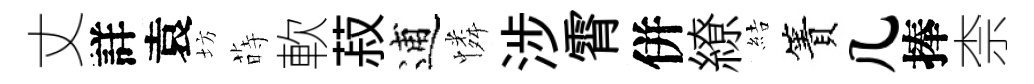
丈詳袁坊蒔軟菽逋憐涉霄併繚結簀几捧柰